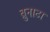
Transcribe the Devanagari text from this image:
ब्रुनाटा